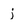
Character: j